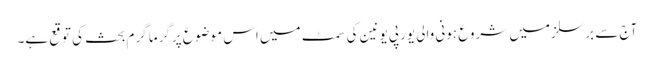
آج سے برسلز میں شروع ہونی والی یورپی یونین کی سمٹ میں اس موضوع پرگرما گرم بحث کی توقع ہے۔